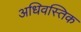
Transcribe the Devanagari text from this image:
अधिवस्तिक